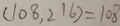
( 1 0 8 , 2 1 6 ) = 1 0 8